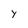
Character: Y